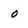
Character: o